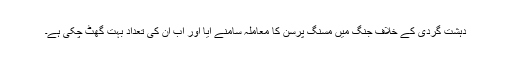
دہشت گردی کے خلاف جنگ میں مسنگ پرسن کا معاملہ سامنے آیا اور اب ان کی تعداد بہت گھٹ چکی ہے۔